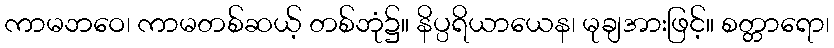
ကာမဘဝေ၊ ကာမတစ်ဆယ့် တစ်ဘုံ၌။ နိပ္ပရိယာယေန၊ မုချအားဖြင့်။ စတ္တာရော၊